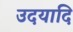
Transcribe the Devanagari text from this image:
उदयादि